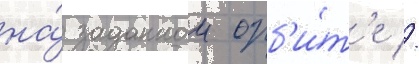
на́ заданнои орб'и́т'е //